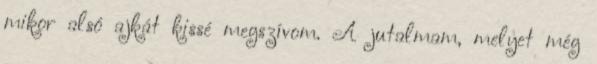
mikor alsó ajkát kissé megszívom. A jutalmam, melyet még